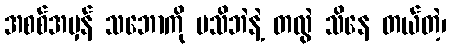
အစစ်အမှန် သဘောကို မသိဘဲနဲ့ တလွဲ သိနေ တယ်တဲ့၊